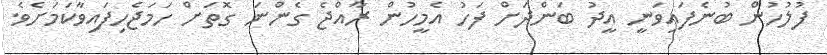
ފުލުހުން ބުނެފައިވަނީ އީދު ބަންދަށް ފަހު އެމީހުން ރާއްޖެ ގެންނަ ގޮތަށް ހަމަޖެހިފައިވާކަމަށެވެ.